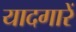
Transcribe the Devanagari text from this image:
यादगारें